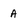
Character: A